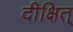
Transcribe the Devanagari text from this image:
दीक्षित्